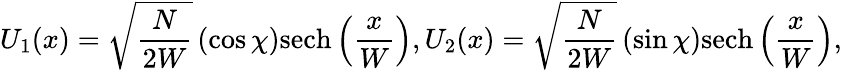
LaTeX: U_{1}(x)=\sqrt{\frac{N}{2W}}\left(\cos\chi\right)\mathrm{sech}\left(\frac{x}{W}\right),U_{2}(x)=\sqrt{\frac{N}{2W}}\left(\sin\chi\right)\mathrm{sech}\left(\frac{x}{W}\right),